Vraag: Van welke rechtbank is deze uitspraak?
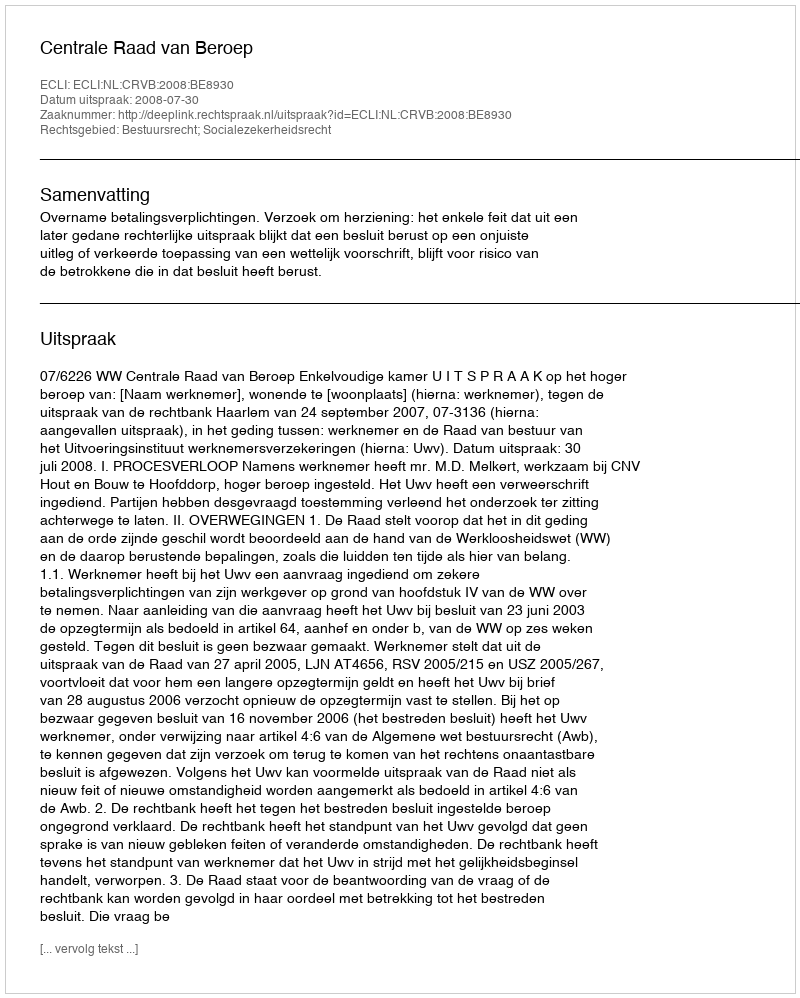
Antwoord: Centrale Raad van Beroep